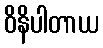
ဝိနိပါတာယ